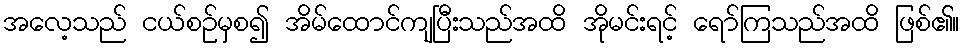
အလေ့သည် ငယ်စဉ်မှစ၍ အိမ်ထောင်ကျပြီးသည်အထိ အိုမင်းရင့် ရော်ကြသည်အထိ ဖြစ်၏။